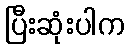
ပြီးဆုံးပါက